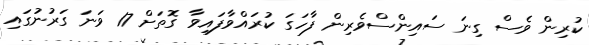
ކުރިން ވެސް ގިނަ ސައިންސްވެރިން ފާހަގަ ކުރައްވާފައިވާ ގޮތަށް 17 ވަނަ ގަރުނުގައި